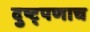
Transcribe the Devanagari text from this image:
दुष्ट्पणाच